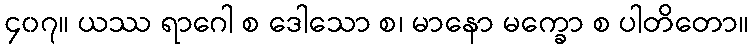
၄၀၇။ ယဿ ရာဂေါ စ ဒေါသော စ၊ မာနော မက္ခော စ ပါတိတော။